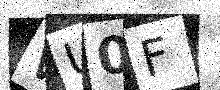
Text: WU0F